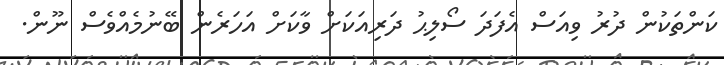
ކަންތަކުން ދުރު ވިއަސް އެފަދަ ސޯލިޙު ދަރިއަކަށް ވާކަށް އަހަރެން ބޭނުމެއްވެސް ނޫން.